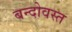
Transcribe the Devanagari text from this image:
बन्दोवस्त